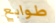
طوابع